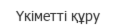
Үкіметті құру